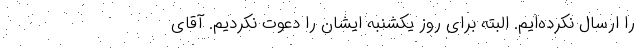
را ارسال نکرده‌ایم. البته برای روز یکشنبه ایشان را دعوت نکردیم. آقای